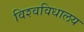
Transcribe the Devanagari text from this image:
विश्‍वविधालय